Statistical return of the lunatic asylum in Assam - 1912-1932
Year: 1912
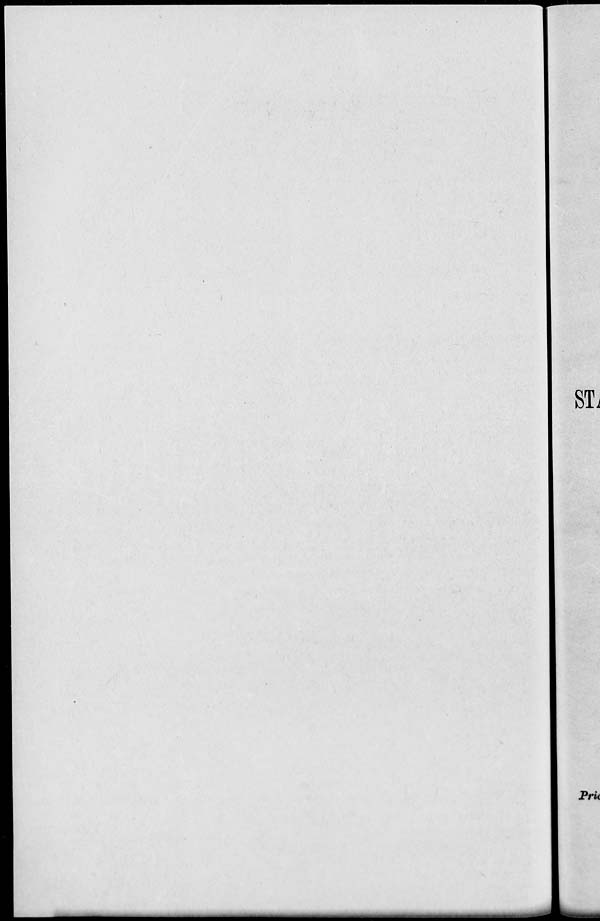
ST
Prk